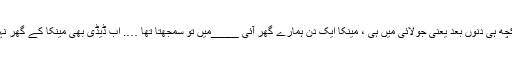
اس کے بس کچھ ہی دنوں بعد یعنی جولائی میں ہی ، مینکا ایک دن ہمارے گھر آئی ____میں تو سمجھتا تھا …. اب ڈیڈی بھی مینکا کے گھر نہیں جاتے ہیں!